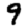
Digit: 9